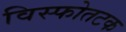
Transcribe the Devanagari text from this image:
विस्फोतटक